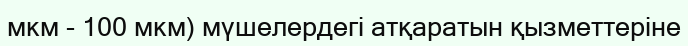
мкм - 100 мкм) мүшелердегі атқаратын қызметтеріне